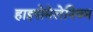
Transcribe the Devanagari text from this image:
हाइपोमेलेनिज्म